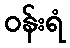
ဝန်းရံ